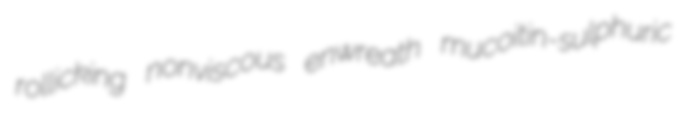
rollicking nonviscous enwreath mucoitin-sulphuric